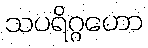
သပရိဂ္ဂဟော